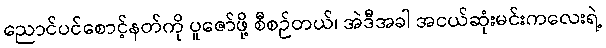
ညောင်ပင်စောင့်နတ်ကို ပူဇော်ဖို့ စီစဉ်တယ်၊ အဲဒီအခါ အငယ်ဆုံးမင်းကလေးရဲ့